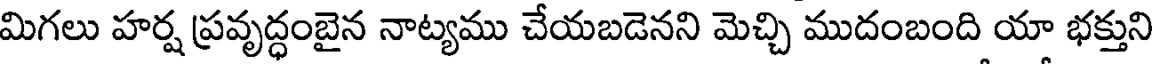
మిగలు హర్ష ప్రవృద్ధంబైన నాట్యము చేయబడెనని మెచ్చి ముదంబంది యా భక్తుని